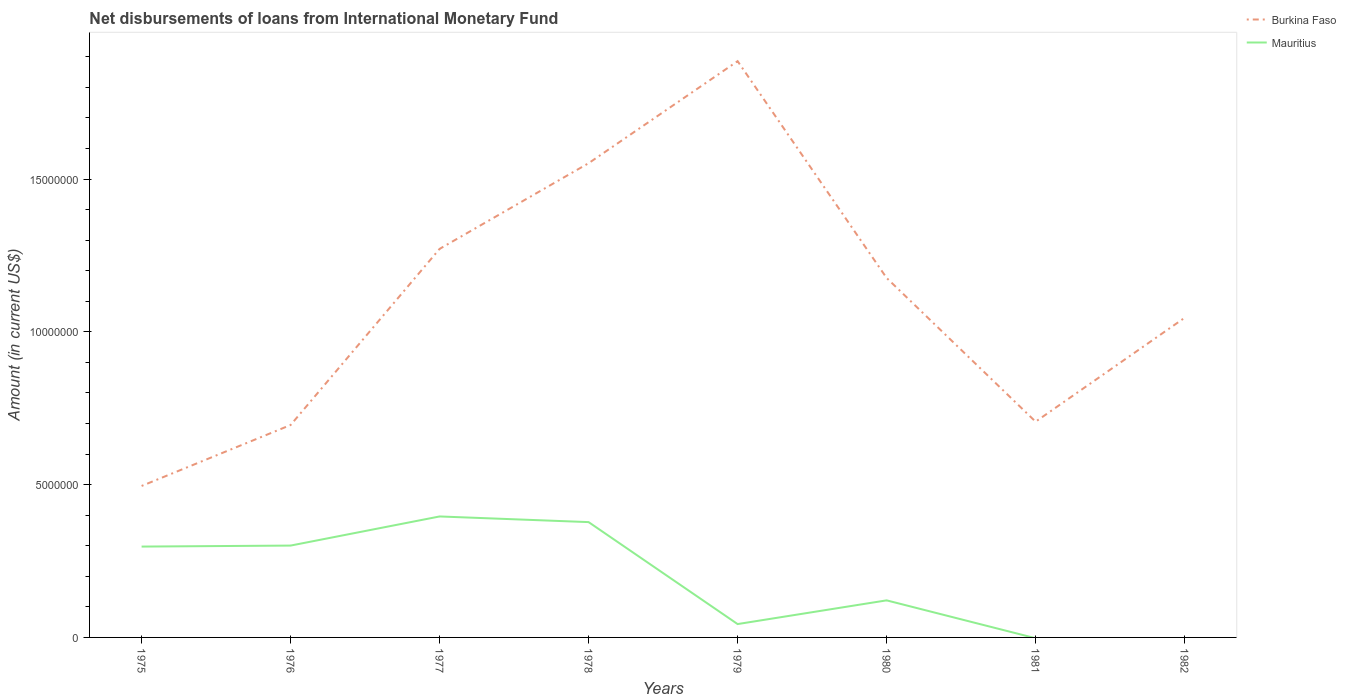
| Years | Burkina Faso | Mauritius |
 | --- | --- | --- |
 | 1975 | 4.96e+06 | 2.97e+06 |
 | 1976 | 6.95e+06 | 3.01e+06 |
 | 1977 | 1.27e+07 | 3.96e+06 |
 | 1978 | 1.55e+07 | 3.77e+06 |
 | 1979 | 1.89e+07 | 4.37e+05 |
 | 1980 | 1.18e+07 | 1.21e+06 |
 | 1981 | 7.06e+06 | -2.7e+04 |
 | 1982 | 1.05e+07 | -7.2e+04 |